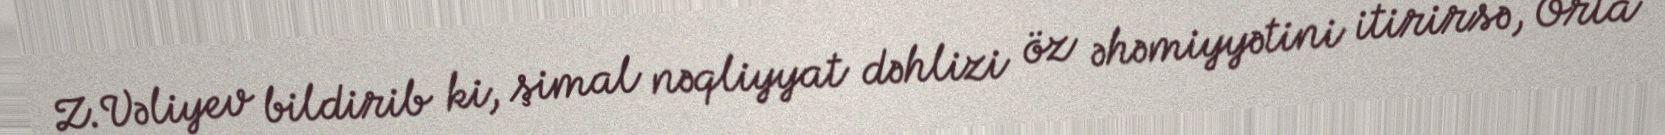
Z.Vəliyev bildirib ki, şimal nəqliyyat dəhlizi öz əhəmiyyətini itirirsə, Orta